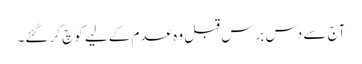
آج سے دس برس قبل وہ عدم کے لیے کوچ کر گئے۔